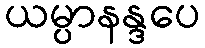
ယမ္ပာနန္ဒပေ